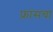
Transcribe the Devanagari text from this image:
फ़्रांसचा